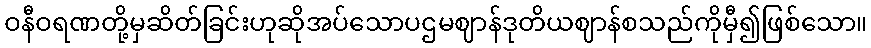
ဝနီဝရဏတို့မှဆိတ်ခြင်းဟုဆိုအပ်သောပဌမဈာန်ဒုတိယဈာန်စသည်ကိုမှီ၍ဖြစ်သော။